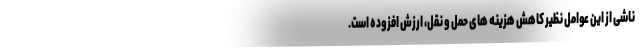
ناشی از این عوامل نظیر کاهش هزینه های حمل و نقل، ارزش افزوده است.